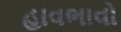
હાવભાવો